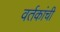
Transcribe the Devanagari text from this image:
वर्तकांची